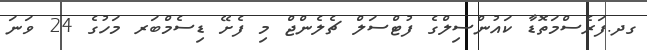
ގދ.ފަރެސްމަތޮޑާ ކައުންސިލްގެ ފުޓްސަލް ޗެލެންޖް މި ފެށޭ ޑިސެމްބަރ މަހުގެ 24 ވަނަ